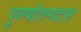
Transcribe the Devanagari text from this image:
पुरुषोतमदास